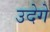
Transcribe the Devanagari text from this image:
उदेगे